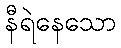
နီရဲနေသော